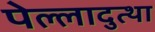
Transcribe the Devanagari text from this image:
पेल्लादुत्था